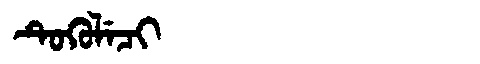
Manchu: ᡨᡠᡴᡠᠯᡝᠴᡳ
Romanization: TUKULECI